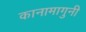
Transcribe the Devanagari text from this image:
कानामागुनी